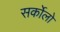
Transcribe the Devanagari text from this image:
सर्कोलो